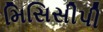
મિસિસીપી